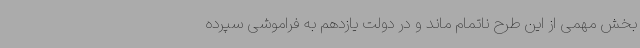
بخش مهمی از این طرح ناتمام ماند و در دولت یازدهم به فراموشی سپرده